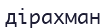
дірахман